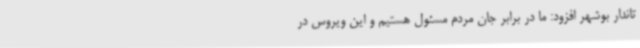
تاندار بوشهر افزود: ما در برابر جان مردم مسئول هستیم و این ویروس در